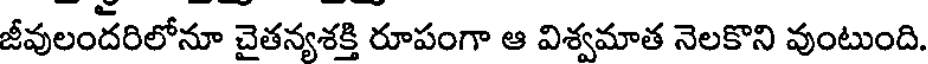
జీవులందరిలోనూ చైతన్యశక్తి రూపంగా ఆ విశ్వమాత నెలకొని వుంటుంది.